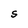
Character: S